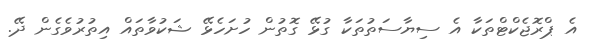
އެ ޕްރޮޖެކްޓްތަކާ އެ ސިޔާސަތުތަކާ ގުޅޭ ގޮތުން ހުށަހެޅޭ ޝަކުވާތައް އިތުރުވެގެން ދޭ.